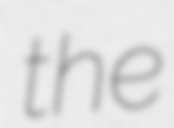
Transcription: the